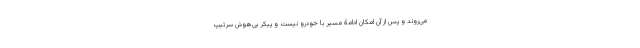
می‌روند و پس از آن امکان ادامۀ مسیر با خودرو نیست و پیکر بی‌هوش سرتیپ